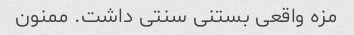
مزه واقعی بستنی سنتی داشت. ممنون